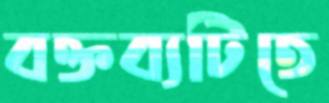
বক্তব্যটিতে